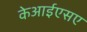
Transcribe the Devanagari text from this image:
केआईएसए